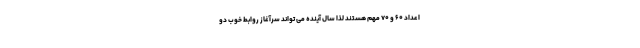
اعداد ۶۰ و ۷۰ مهم هستند لذا سال آینده می تواند سرآغاز روابط خوب دو